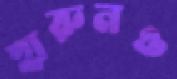
হারুনও